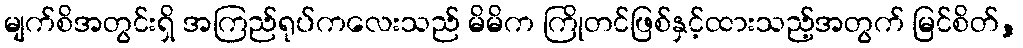
မျက်စိအတွင်းရှိ အကြည်ရုပ်ကလေးသည် မိမိက ကြိုတင်ဖြစ်နှင့်ထားသည့်အတွက် မြင်စိတ်,